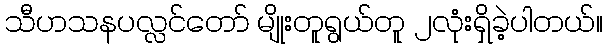
သီဟသနပလ္လင်တော် မျိုးတူရွယ်တူ ၂လုံးရှိခဲ့ပါတယ်။